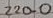
Text: 220.0